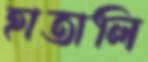
হাতালি